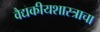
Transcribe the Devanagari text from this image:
वैद्यकीयशास्त्राचा